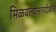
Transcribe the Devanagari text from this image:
मिळवल्यानंतरदेखील